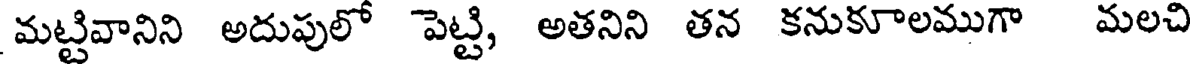
మట్టివానిని అదుపులో పెట్టి, అతనిని తన కనుకూలముగా మలచి